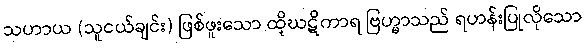
သဟာယ (သူငယ်ချင်း) ဖြစ်ဖူးသော ထိုဃဋိကာရ ဗြဟ္မာသည် ရဟန်းပြုလိုသော